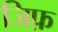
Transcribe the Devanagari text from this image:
जिफ़